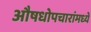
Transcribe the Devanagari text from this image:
औषधोपचारांमध्ये